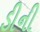
ડીની